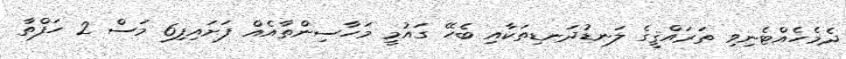
ދެމެހެއްޓެނިވި ތަރައްޤީގެ ލަނޑުދަނޑިތަކާއި ބެހޭ ގައުމީ މަހާސިންތާއެއް ފަށައިފި6 މަސް 2 ހަފްތާ